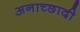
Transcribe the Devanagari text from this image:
अनाच्छादी